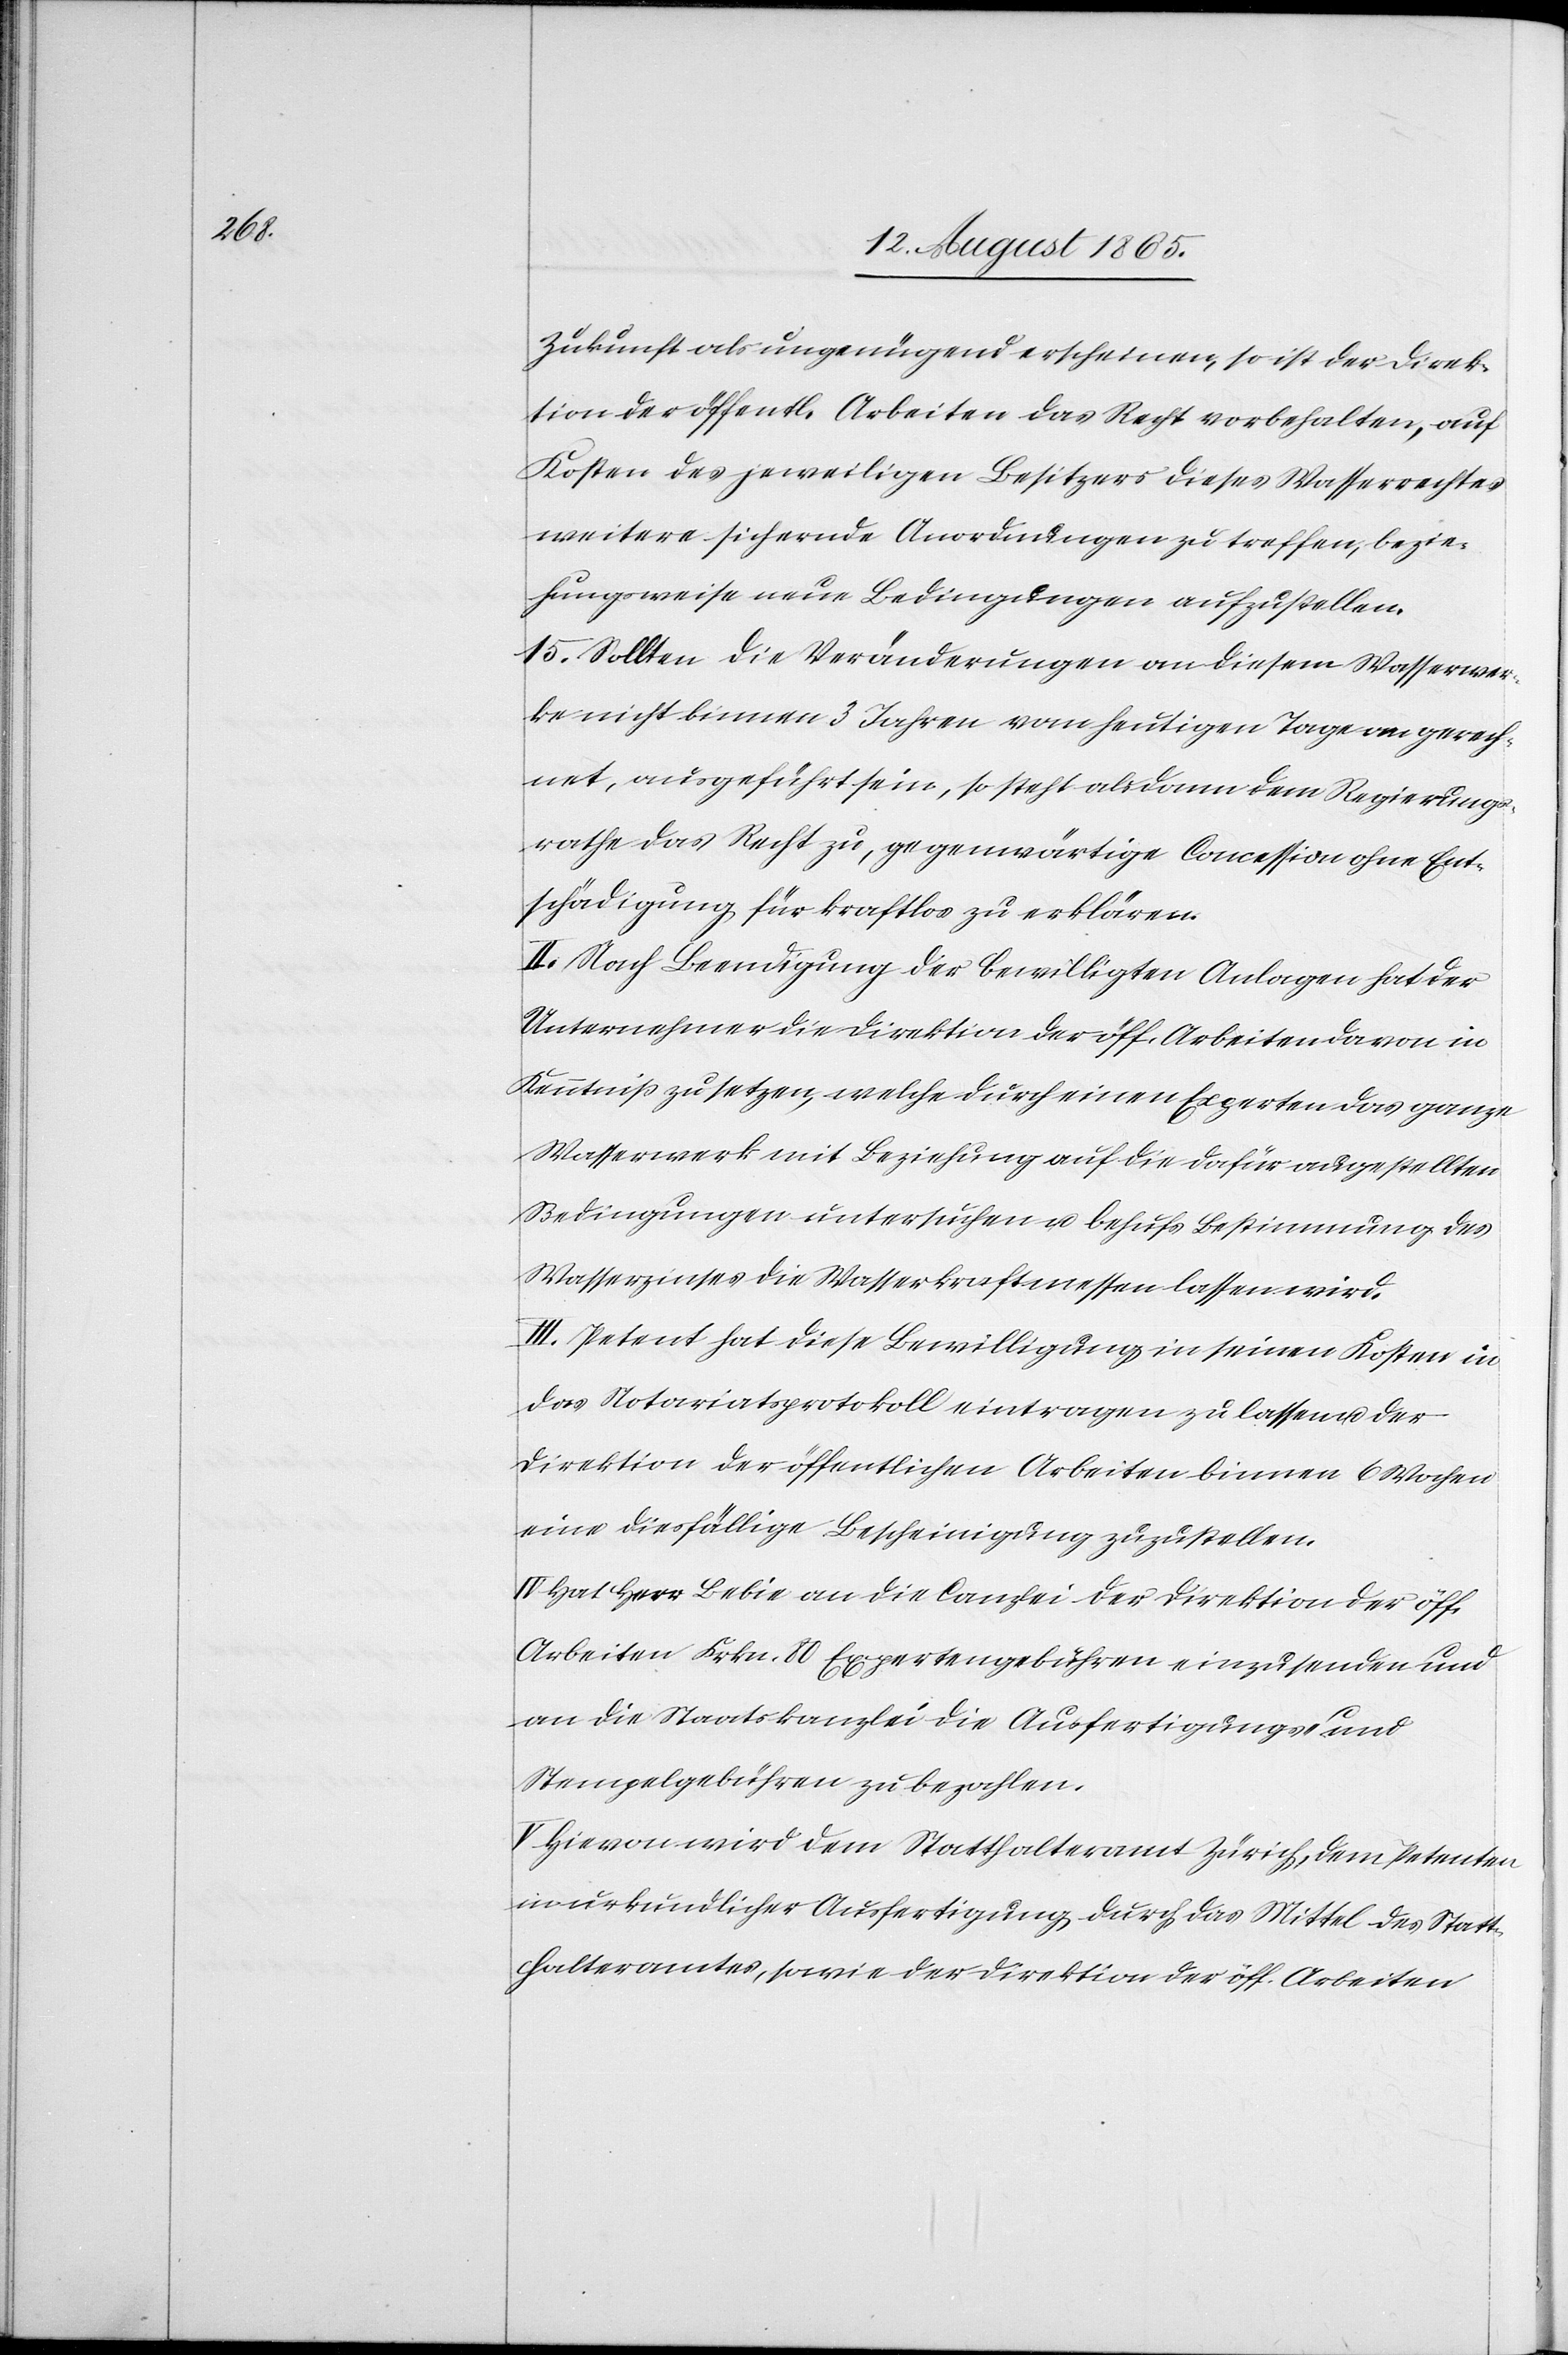
Zukunft als ungenügend erscheinen, so ist der Direk¬
tion der öffentl. Arbeiten das Recht vorbehalten, auf
Kosten des jeweiligen Besitzers dieses Wasserrechtes
weitere sichernde Anordnungen zu treffen, bezie¬
hungsweise neue Bedingungen aufzustellen.
15. Sollten die Veränderungen an diesem Wasserwer¬
ke nicht binnen 3 Jahren vom heutigen Tage an gerech¬
net, ausgeführt sein, so steht alsdann dem Regierungs¬
rathe das Recht zu, gegenwärtige Concession ohne Ent¬
schädigung für kraftlos zu erklären.
II. Nach Beendigung der bewilligten Anlagen hat der
Unternehmer die Direktion der öff. Arbeiten davon in
Kenntniß zu setzen, welche durch einen Experten das ganze
Wasserwerk mit Beziehung auf die dafür au[s]gestellten
Bedingungen untersuchen u. behufs Bestimmungen des
Wasserzinses die Wasserkraft messen lassen wird.
III. Petent hat diese Bewilligung in seinen Kosten in
das Notariatsprotokoll eintragen zu lassen u. der
Direktion der öffentlichen Arbeiten binnen 6 Wochen
eine diesfällige Bescheinigung zuzustellen.
Hat Herr Bebie an die Canzlei der Direktion der öff.
Arbeiten Frkn. 80 Expertengebühren einzusenden und
an die Staatskanzlei die Ausfertigungs- und
Stempelgebühren zu bezahlen.
V. Hievon wird dem Statthalteramt Zürich, dem Petenten
in urkundlicher Ausfertigung durch das Mittel des Statt¬
halteramtes, sowie der Direktion der öff. Arbeiten